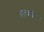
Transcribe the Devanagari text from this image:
अच्छी